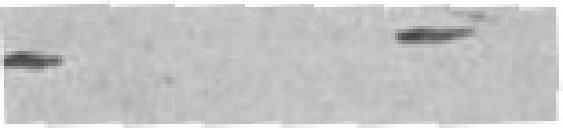
- -